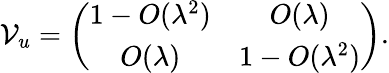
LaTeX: {\cal V}_{u}=\left(\begin{array}{cc}{{1-O(\lambda^{2})}}&{{O(\lambda)}}\\ {{O(\lambda)}}&{{1-O(\lambda^{2})}}\end{array}\right).